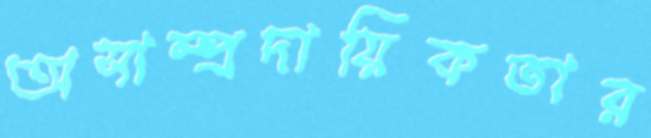
অসাম্প্রদায়িকতার